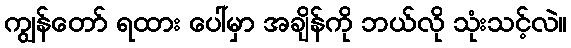
ကျွန်တော် ရထား ပေါ်မှာ အချိန်ကို ဘယ်လို သုံးသင့်လဲ။